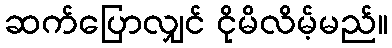
ဆက်ပြောလျှင် ငိုမိလိမ့်မည်။